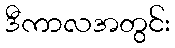
ဒီကာလအတွင်း